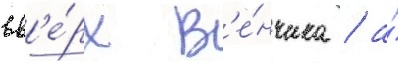
вв'е́рх в'е́нчика / а́